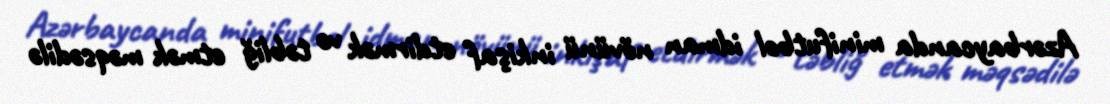
Azərbaycanda minifutbol idman növünü inkişaf etdirmək və təbliğ etmək məqsədilə